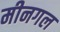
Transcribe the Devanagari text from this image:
मीनगल